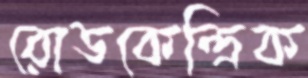
রোডকেন্দ্রিক